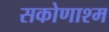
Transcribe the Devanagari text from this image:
सकोणाश्म